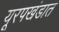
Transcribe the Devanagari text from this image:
यूरपखंडात